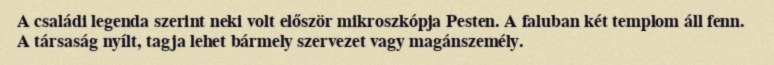
A családi legenda szerint neki volt először mikroszkópja Pesten. A faluban két templom áll fenn. A társaság nyílt, tagja lehet bármely szervezet vagy magánszemély.